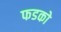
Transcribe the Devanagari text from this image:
फडको